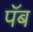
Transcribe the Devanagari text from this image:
पॅब